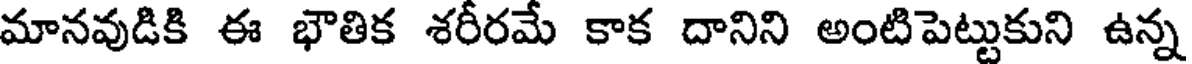
మానవుడికి ఈ భౌతిక శరీరమే కాక దానిని అంటిపెట్టుకుని ఉన్న